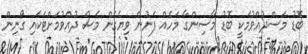
ބޮޑު މަސްދުއްވުމަކީ ބޮޑު މާސިންގާ މަހެއް ފަނުން ވިޔެގެން މަސް ދުއްވުމަށްޓަކައި ގޯނިން